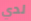
لدي